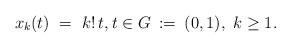
LaTeX: \begin{align*} x_k(t) \ = \ k!\,t, t \in G \::=\:(0,1),\ k\geq 1.\end{align*}